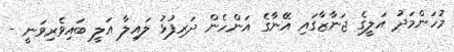
މުހަންމަދު އަލީގެ ޖަނާޒާގައި އޭނާގެ އަންހެން ދަރިފުޅު ލައިލާ އަލީ ބައިވެރިވަނީ -